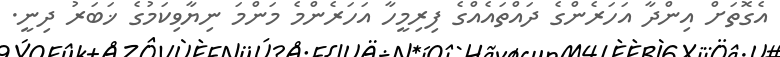
އެގޮތަށް އިންދާ އަހަރެންގެ ދައްތައެއްގެ ފިރިމީހާ އަހަރެންމެ މަންމަ ނިޔާވިކަމުގެ ޚަބަރު ދިނީ.